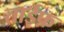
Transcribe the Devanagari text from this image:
ताईफ़